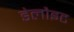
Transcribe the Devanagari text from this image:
डेलौइट